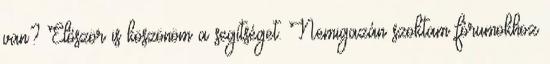
van? Először is köszönöm a segítséget. Nemigazán szoktam fórumokhoz